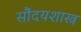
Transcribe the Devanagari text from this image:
सौंदयशास्त्र